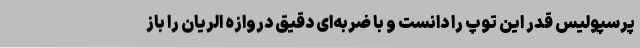
پرسپولیس قدر این توپ را دانست و با ضربه‌ای دقیق دروازه الریان را باز